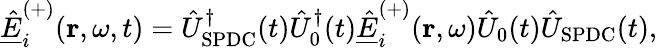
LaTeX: \underline{{\hat{E}}}_{i}^{(+)}(\mathbf{r},\omega,t)=\hat{U}_{\mathrm{SPDC}}^{\dagger}(t)\hat{U}_{0}^{\dagger}(t)\underline{{\hat{E}}}_{i}^{(+)}(\mathbf{r},\omega)\hat{U}_{0}(t)\hat{U}_{\mathrm{SPDC}}(t),